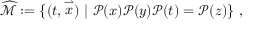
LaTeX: \widehat { { \mathcal { M } } } : = \{ ( t , \stackrel { \rightharpoonup } { x } ) \ | \ { \mathcal { P } } ( x ) { \mathcal { P } } ( y ) { \mathcal { P } } ( t ) = { \mathcal { P } } ( z ) \} \ ,